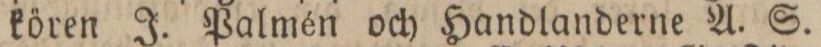
kören J. Palmén och Handlanderne A. S.